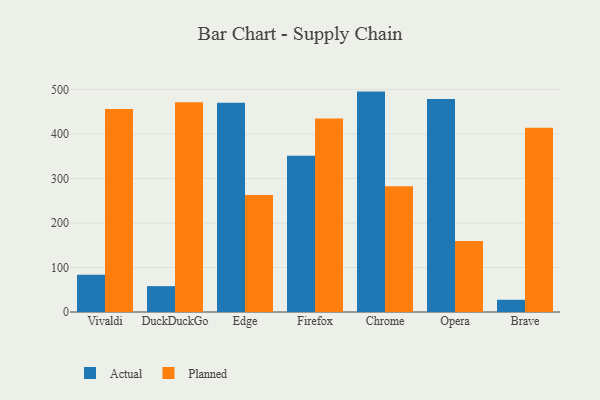
{"axis": {"x": "Browser", "y": "Headcount"}, "legend": ["Actual", "Planned"], "data": [{"x": "Vivaldi", "y": 83.5, "type": "Actual"}, {"x": "Vivaldi", "y": 456.4, "type": "Planned"}, {"x": "DuckDuckGo", "y": 58.1, "type": "Actual"}, {"x": "DuckDuckGo", "y": 471.6, "type": "Planned"}, {"x": "Edge", "y": 470.6, "type": "Actual"}, {"x": "Edge", "y": 262.9, "type": "Planned"}, {"x": "Firefox", "y": 351.2, "type": "Actual"}, {"x": "Firefox", "y": 435.1, "type": "Planned"}, {"x": "Chrome", "y": 495.4, "type": "Actual"}, {"x": "Chrome", "y": 282.7, "type": "Planned"}, {"x": "Opera", "y": 478.5, "type": "Actual"}, {"x": "Opera", "y": 159.8, "type": "Planned"}, {"x": "Brave", "y": 27.5, "type": "Actual"}, {"x": "Brave", "y": 414.0, "type": "Planned"}]}